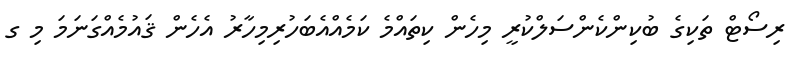
ރިސޯޓް ތަކިގެ ބުކިންކެންސަލްކުރީ މިހެން ކިތައްމެ ކަމެއްއެބަހުރިމިހާރު އެހެން ޤައުމެއްގަނަމަ މި ގ